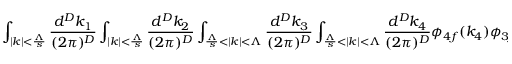
\int _ { | k | < \frac { \Lambda } { s } } \frac { d ^ { D } k _ { 1 } } { ( 2 \pi ) ^ { D } } \int _ { | k | < \frac { \Lambda } { s } } \frac { d ^ { D } k _ { 2 } } { ( 2 \pi ) ^ { D } } \int _ { \frac { \Lambda } { s } < | k | < \Lambda } \frac { d ^ { D } k _ { 3 } } { ( 2 \pi ) ^ { D } } \int _ { \frac { \Lambda } { s } < | k | < \Lambda } \frac { d ^ { D } k _ { 4 } } { ( 2 \pi ) ^ { D } } \phi _ { 4 f } ( k _ { 4 } ) \phi _ { 3 f } ( k _ { 3 } ) \phi _ { 2 s } ( k _ { 2 } ) \phi _ { 1 s } ( k _ { 1 } ) .